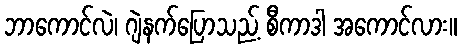
ဘာကောင်လဲ၊ ဂျဲနက်ပြောသည့် စီကာဒါ အကောင်လား။